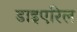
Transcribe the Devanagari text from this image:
डाइएरिल